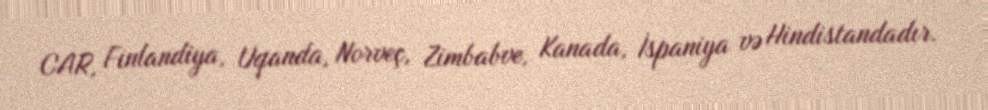
CAR, Finlandiya, Uqanda, Norveç, Zimbabve, Kanada, İspaniya və Hindistandadır.